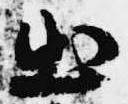
出